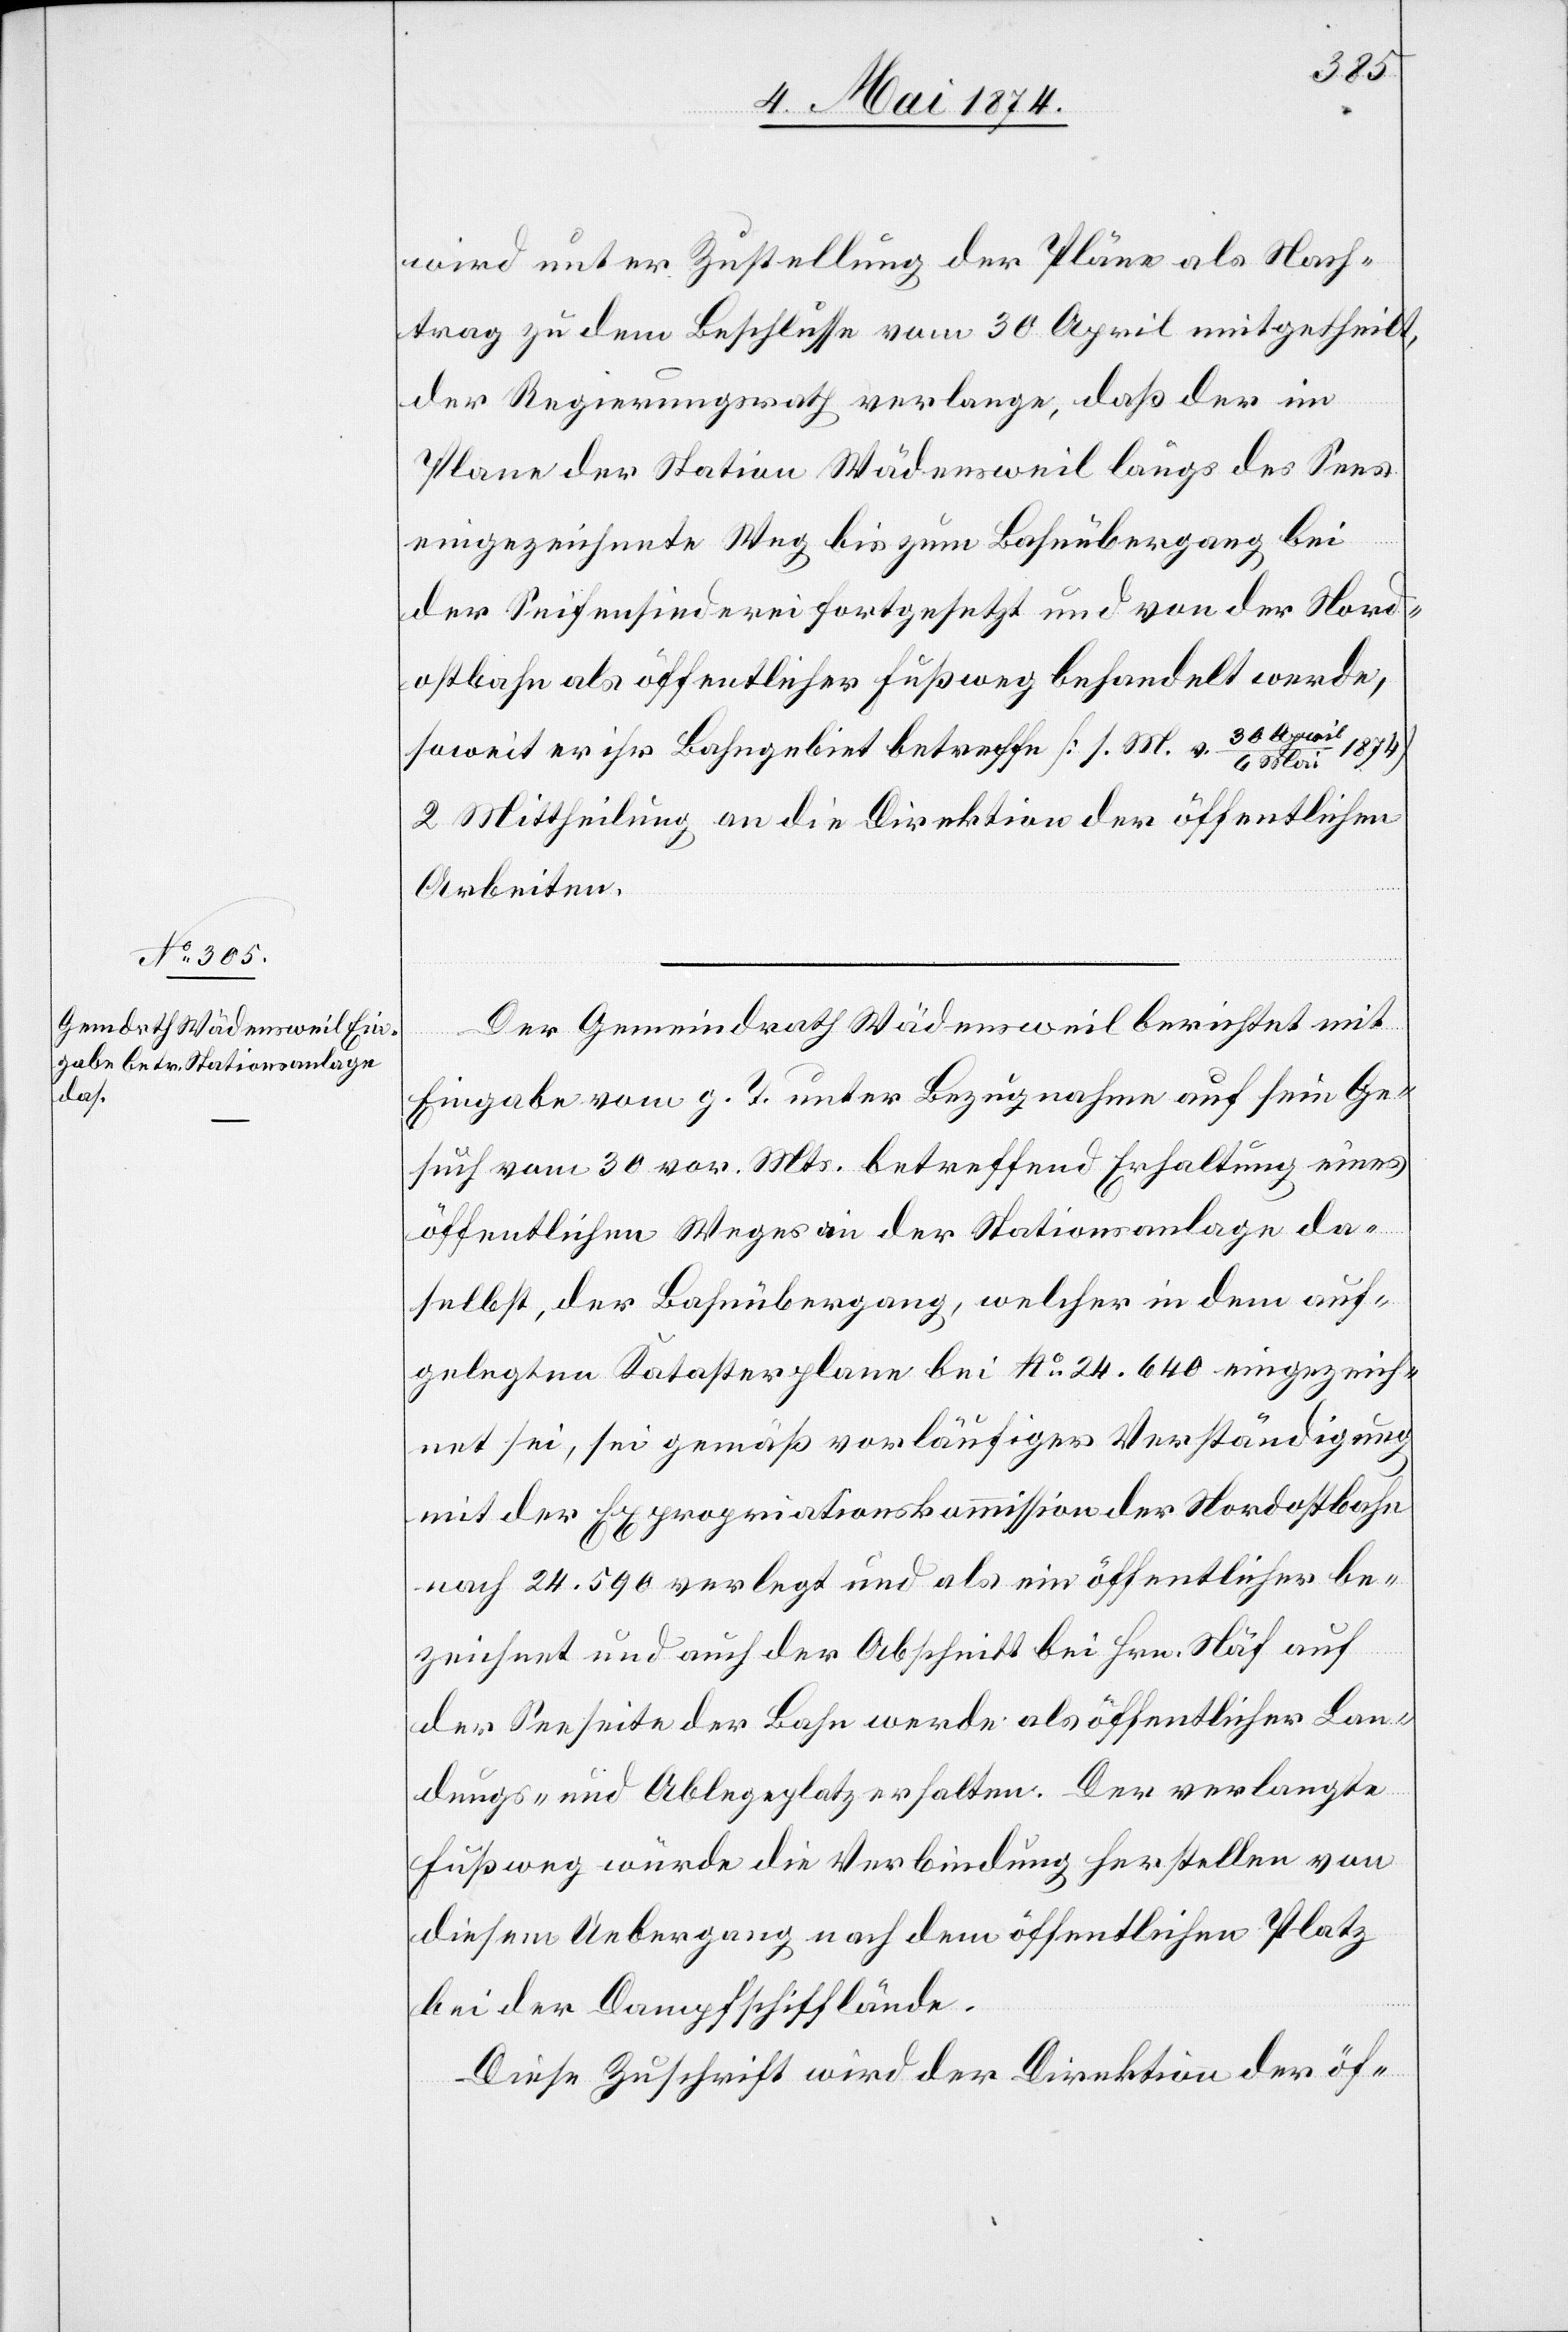
6. Mai 1874.]
wird unter Zustellung der Pläne als Nach¬
trag zu dem Beschlusse vom 30. April mitgetheilt,
der Regierungsrath verlange, daß der im
Plane der Station Wädensweil längs des Sees
eingezeichnete Weg bis zum Bahnübergang, bei
der Seifensiederei fortgesetzt und von der Nord¬
ostbahn als öffentlicher Fußweg behandelt werde,
soweit er ihr Bahngebiet betreffe [s. M. v. 30. Apri¬
2. Mittheilung an die Direktion der öffentlichen
Arbeiten.
Der Gemeindrath Wädensweil berichtet mit
Eingabe vom g. T. unter Bezugnahme auf sein Ge¬
such vom 30. vor. Mts. betreffend Erhaltung eines
öffentlichen Weges in der Stationsanlage da¬
selbst, der Bahnübergang, welcher in dem auf¬
gelegten Katasterplane bei No 24.640 eingezeich¬
net sei, sei gemäß vorläufiger Verständigung
mit der Expropriationskommission der Nordostbahn
nach 24.590 verlegt und als ein öffentlicher be¬
zeichnet und auch der Abschnitt bei Hrn. Näf auf
der Seeseite der Bahn werde als öffentlicher Lan¬
dungs- und Ablegeplatz erhalten. Der verlangte
Fußweg würde die Verbindung herstellen von
diesem Uebergang nach dem öffentlichen Platz
bei der Dampfschifflände.
Diese Zuschrift wird der Direktion der öf-